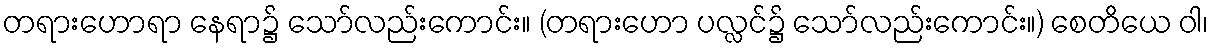
တရားဟောရာ နေရာ၌ သော်လည်းကောင်း။ (တရားဟော ပလ္လင်၌ သော်လည်းကောင်း။) စေတိယေ ဝါ၊